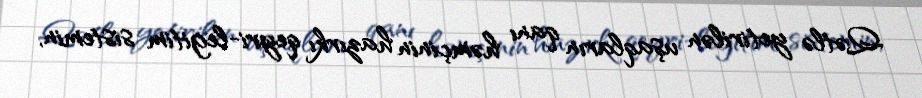
Qətlə yetirilən uşaqların qanı həmçinin hazırkı qeyri-legitim sistemin,